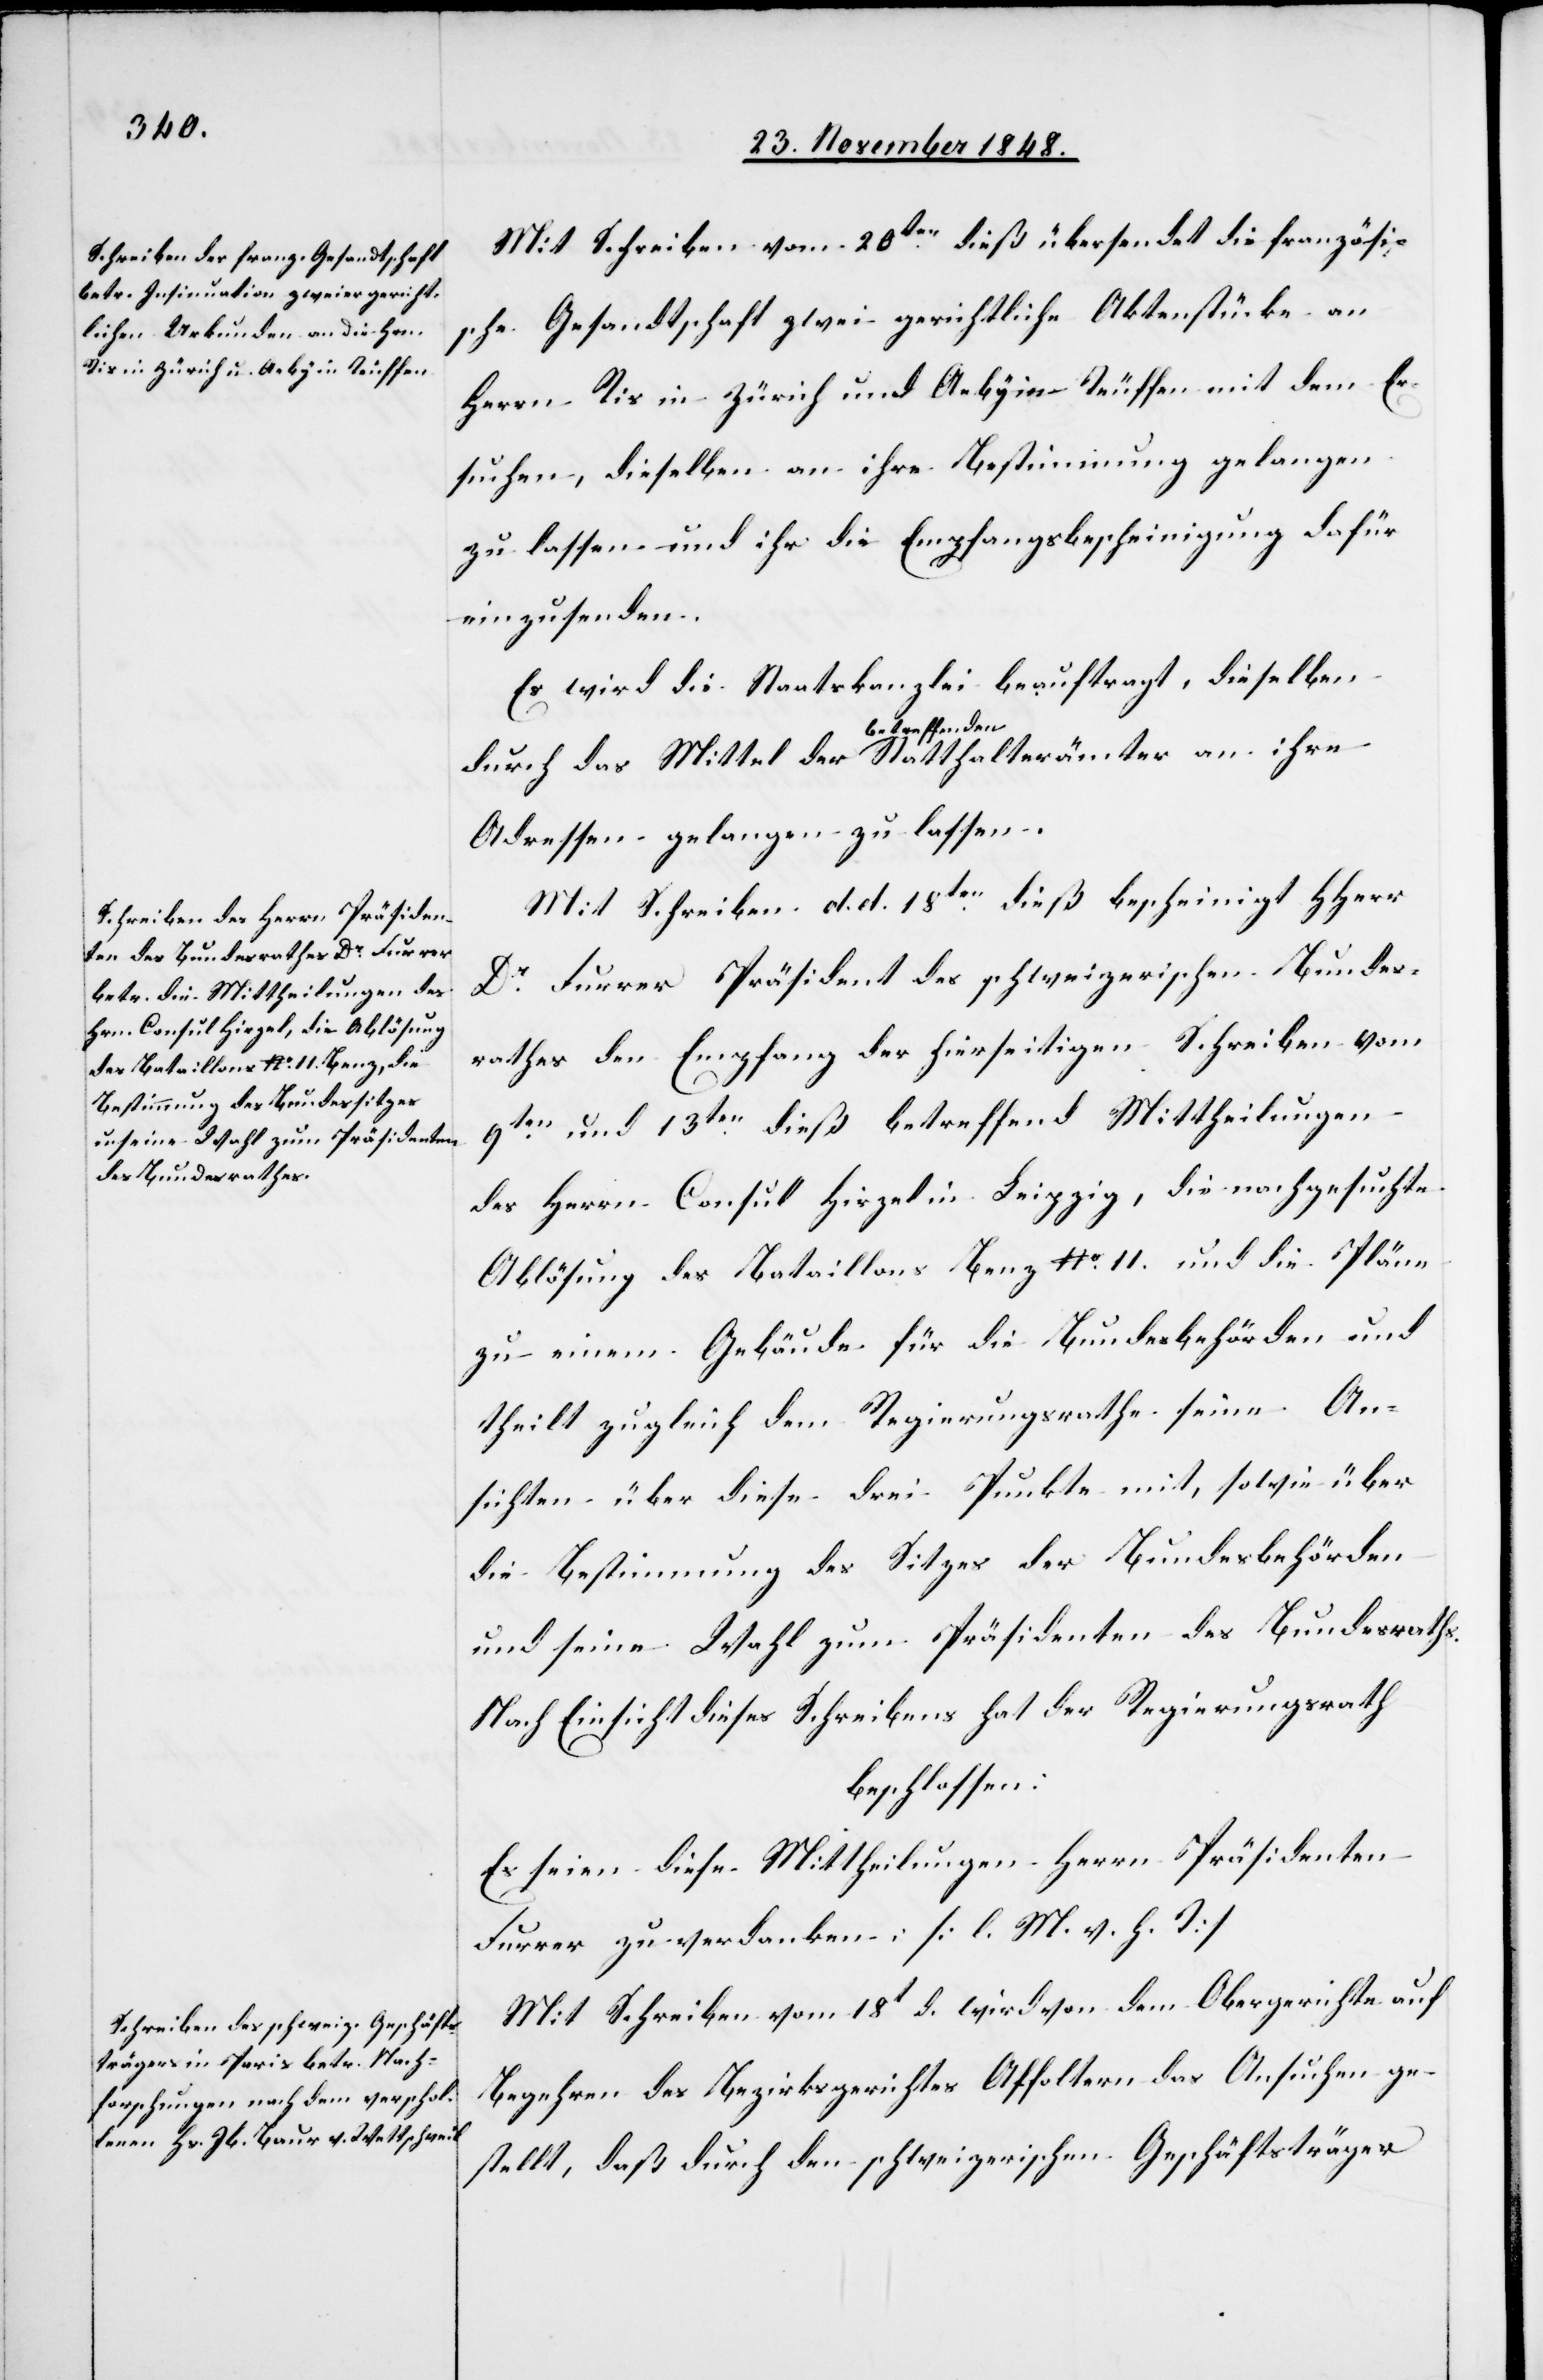
Mit Schreiben vom 20ten dieß übersendet die französi¬
sche Gesandtschaft zwei gerichtliche Aktenstücke an
Herrn Ris in Zürich und Aeby in Teuffen mit dem Er¬
suchen, dieselben an ihre Bestimmung gelangen
zu lassen und ihr die Empfangsbescheinigung dafür
einzusenden.
Es wird die Staatskanzlei beauftragt, dieselben
durch das Mittel der betreffenden Statthalterämter an ihre
Adressen gelangen zu lassen.
Mit Schreiben d. d. 18ten dieß bescheinigt HHerr
Dr Furrer Präsident des schweizerischen Bundes¬
rathes den Empfang der hierseitigen Schreiben vom
9ten und 13ten dieß betreffend Mittheilungen
des Herrn Consul Hirzel in Leipzig, die nachgesuchte
Ablösung des Bataillons Benz. N o 11. und die Pläne
zu einem Gebäude für die Bundesbehörden und
theilt zugleich dem Regierungsrathe seine An¬
sichten über diese drei Punkte mit, sowie über
die Bestimmung des Sitzes der Bundesbehörden
und seine Wahl zum Präsidenten des Bundesraths.
Nach Einsicht dieses Schreibens hat der Regierungsrath
beschlossen:
Es seien diese Mittheilungen Herrn Präsidenten
Furrer zu verdanken. [l. M. v. h. T]
Mit Schreiben vom 18t d. wird von dem Obergerichte auf
Begehren des Bezirksgerichtes Affoltern das Ansuchen ge¬
stellt, daß durch den schweizerischen Geschäftsträgers